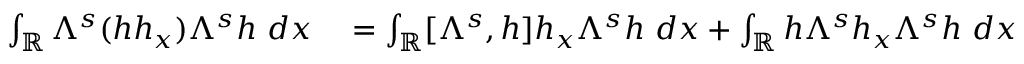
\begin{array} { r l } { \int _ { \mathbb R } \Lambda ^ { s } ( h h _ { x } ) \Lambda ^ { s } h \ d x } & { { } = \int _ { \mathbb R } [ \Lambda ^ { s } , h ] h _ { x } \Lambda ^ { s } h \ d x + \int _ { \mathbb R } h \Lambda ^ { s } h _ { x } \Lambda ^ { s } h \ d x } \end{array}